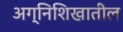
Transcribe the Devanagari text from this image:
अग्निशिखातील